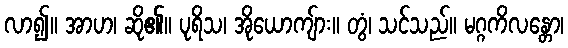
လာ၍။ အာဟ၊ ဆို၏။ ပုရိသ၊ အိုယောကျ်ား။ တွံ၊ သင်သည်။ မဂ္ဂကိလန္တော၊